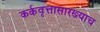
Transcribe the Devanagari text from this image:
कर्कवृत्तासारख्याच